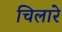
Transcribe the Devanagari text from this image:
चिलारे